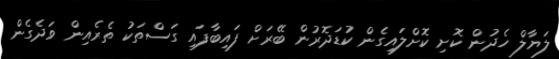
ލަޔާލް ހެދުން ކޮށި ކޮށްލައިގެން ކުޑަދޮރުން ބޭރަށް ފައިބާފައި ގަސްތަކު ތެރެއިން ވަދެގެން